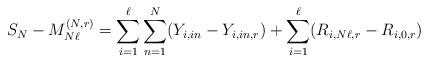
LaTeX: \begin{align*}S_N-M_{N\ell}^{(N,r)}=\sum_{i=1}^{\ell}\sum_{n=1}^{N}(Y_{i,in}-Y_{i,in,r})+\sum_{i=1}^\ell(R_{i,N\ell,r}-R_{i,0,r})\end{align*}